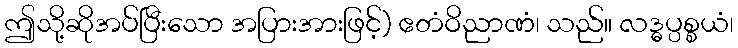
ဤသို့ဆိုအပ်ပြီးသော အပြားအားဖြင့်) ဧတံဝိညာဏံ၊ သည်။ လဒ္ဓပ္ပစ္စယံ၊